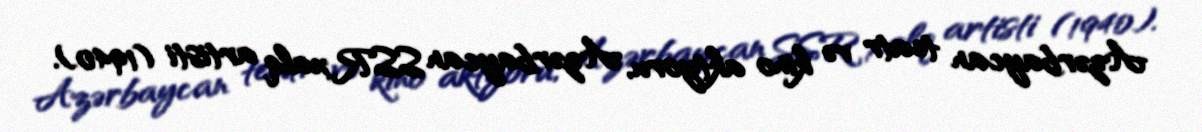
Azərbaycan teatr və kino aktyoru, Azərbaycan SSR xalq artisti (1940).